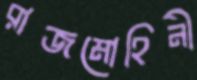
রাজমোহিনী